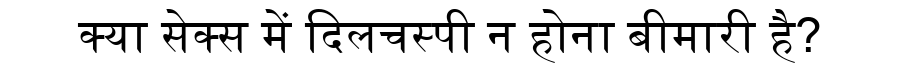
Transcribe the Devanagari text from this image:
क्या सेक्स में दिलचस्पी न होना बीमारी है?